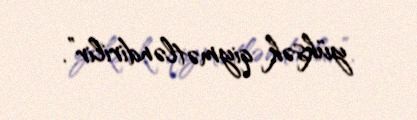
yüksək qiymətləndirilir”.